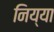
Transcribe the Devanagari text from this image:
निय्या